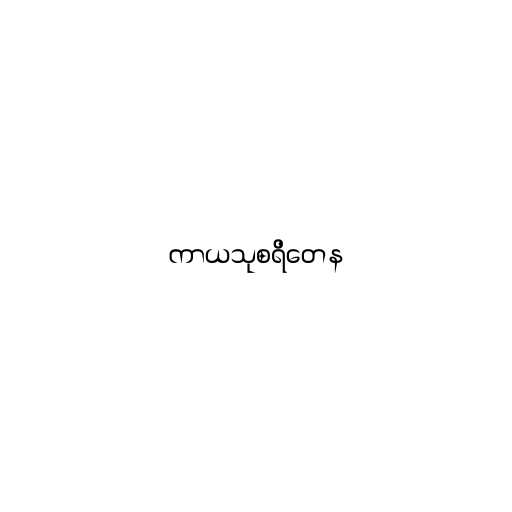
ကာယသုစရိတေန